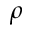
\rho